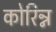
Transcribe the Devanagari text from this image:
कोरिन्न